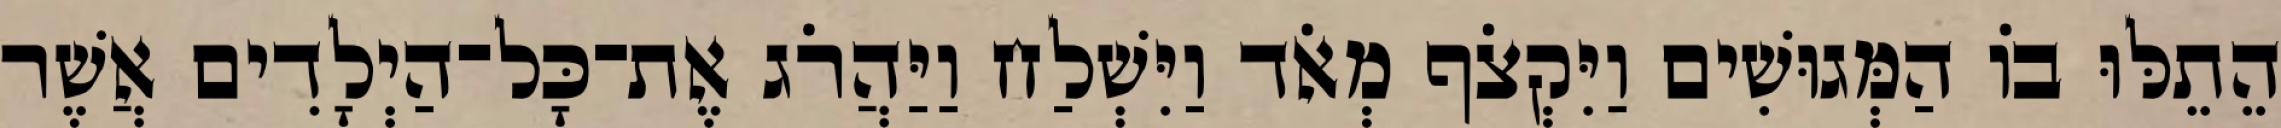
הֵתֵלּוּ בוֹ הַמְּגוּשִׁים וַיִּקְצֹף מְאֹד וַיִּשְׁלַח וַיַּהֲרֹג אֶת־כָּל־הַיְלָדִים אֲשֶׁר